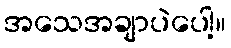
အသေအချာပဲပေါ့။